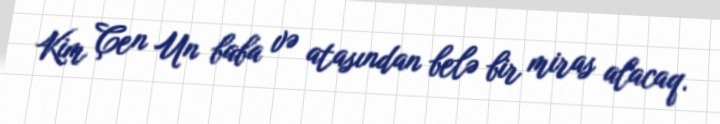
Kim Çen Un baba və atasından belə bir miras alacaq.